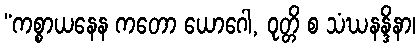
“ကစ္စာယနေန ကတော ယောဂေါ, ဝုတ္တိ စ သံဃနန္ဒိနာ၊